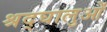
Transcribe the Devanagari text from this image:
श्रद्घालुओं